Vaccination Hyderabad 1872-1889 - 1872-1889
Year: 1872
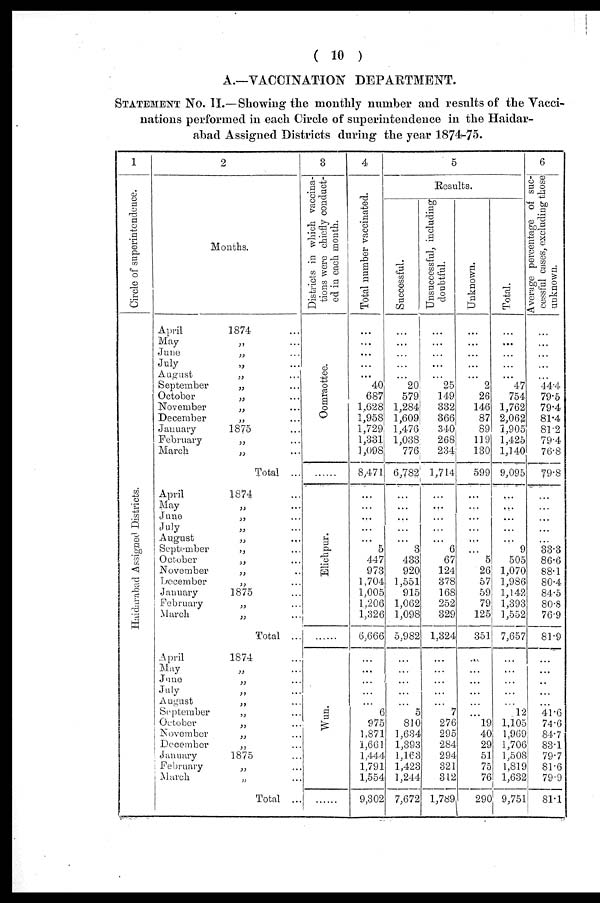
( 10 )
A.—VACCINATION DEPARTMENT.
STATEMENT No. II.—Showing the monthly number and results of the Vacci-
nations performed in each Circle of superintendence in the Haidar¬
abad Assigned Districts during the year 1874-75.
1
Circle of superintendence.
Haidarabad Assigned Districts.
2
Months.
April
1874 ...
May „ ...
June
„ ...
July
„ ...
August
„
...
September
„ ...
October
„ ...
November
„ ...
December
„ ...
January
1875 ...
February
„ ...
March
„ ...
Total ...
April
1874 ...
May „ ...
June
„ ...
July
„ ...
August
„
...
September
„ ...
October
„ ...
November
„ ...
December
„ ...
January
1875 ...
February
„ ...
March
„ ...
Total ...
April
1874 ...
May „ ...
June
„ ...
July „ ...
August
„ ...
September
„ ...
October
„ ...
November
„ ...
December
„ ...
January
1875 ...
February
„ ...
March
„ ...
Total ...
3
Districts in which vaccina-
tions were chiefly conduct-
ed in each month.
Oomraottee.
......
Elichpur.
......
Wun.
......
4
Total number vaccinated.
...
...
...
...
...
40
687
1,628
1,958
1,729
1,331
1,098
8,471
...
...
...
...
...
5
447
973
1,704
1,005
1,206
1,326
6,666
...
...
...
...
...
6
975
1,871
1,661
1,444
1,791
1,554
9,302
5
Results.
Successful.
...
...
...
...
...
20
579
1,284
1,609
1,476
1,038
776
6,782
...
...
...
...
...
3
433
920
1,551
915
1,062
1,098
5,982
...
...
...
...
...
5
810
1,634
1,393
1,163
1,423
1,244
7,672
Unsuccessful, including
doubtful.
...
...
...
...
...
25
149
332
366
340
268
234
1,714
...
...
...
...
...
6
67
124
378
168
252
329
1,324
...
...
...
...
...
7
276
295
284
294
321
312
1,789
Unknown.
...
...
...
...
...
2
26
146
87
89
119
130
599
...
...
...
...
...
...
5
26
57
59
79
125
351
...
...
...
...
...
...
19
40
29
51
75
76
290
Total.
...
...
...
...
...
47
754
1,762
2,062
1,905
1,425
1,140
9,095
...
...
...
...
...
9
505
1,070
1,986
1,142
1,393
1,552
7,657
...
...
...
...
...
12
1,105
1,969
1,706
1,508
1,819
1,632
9,751
6
Average percentage of suc-
cessful cases, excluding those
unknown.
...
...
...
...
...
44.4
79.5
79.4
81.4
81.2
79.4
76.8
79.8
...
...
...
...
...
33.3
86.6
88.1
80.4
84.5
80.8
76.9
81.9
...
...
...
...
...
41.6
74.6
84.7
83.1
79.7
81.6
79.9
81.1